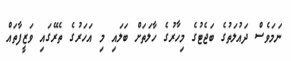
ނަމަވެސް ދައުލަތުގެ ބަޖެޓުގެ މިހާރުގެ ހާލަތަށް ބަލައި މި އަހަރުގެ ތެރޭގައި ވަޒީފާތައް